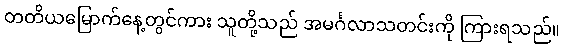
တတိယမြောက်နေ့တွင်ကား သူတို့သည် အမင်္ဂလာသတင်းကို ကြားရသည်။